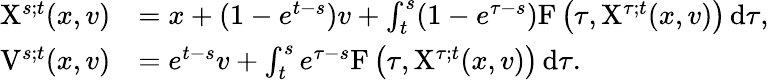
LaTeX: \begin{array}{rl}{\mathrm{X}^{s;t}(x,v)}&{=x+(1-e^{t-s})v+\int_{t}^{s}(1-e^{\tau-s})\mathrm{F}\left(\tau,\mathrm{X}^{\tau;t}(x,v)\right)\, \mathrm{d}\tau,}\\ {\mathrm{V}^{s;t}(x,v)}&{=e^{t-s}v+\int_{t}^{s}e^{\tau-s}\mathrm{F}\left(\tau,\mathrm{X}^{\tau;t}(x,v)\right)\, \mathrm{d}\tau.}\end{array}